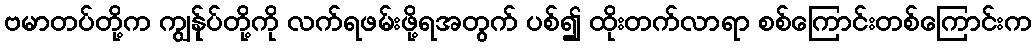
ဗမာတပ်တို့က ကျွန်ုပ်တို့ကို လက်ရဖမ်းဖို့ရအတွက် ပစ်၍ ထိုးတက်လာရာ စစ်ကြောင်းတစ်ကြောင်းက